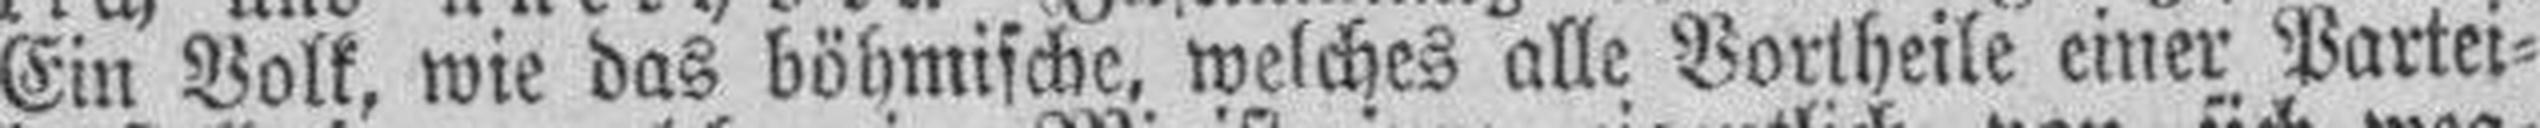
Ein Volk, wie das böhmische, welches alle Vortheile einer Partei¬